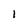
Character: l